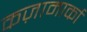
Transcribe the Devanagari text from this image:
कज़ामार्का